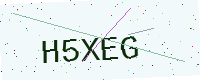
Text: H5XEG